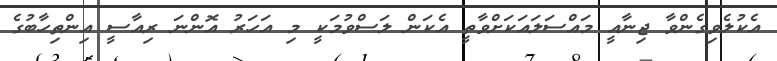
އެކުލެވިގެންވާ ޖިނާއީ މައްސަލައަކަށްވާތީ އެކަން ލަސްވުމަކީ މި އަހަރު އޮންނަ ރިއާސީ އިންތިހާބުގެ